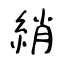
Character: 綃